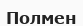
Полмен